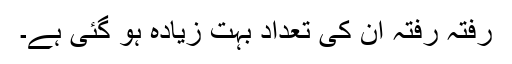
رفتہ رفتہ ان کی تعداد بہت زیادہ ہو گئی ہے۔